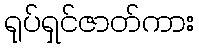
ရုပ်ရှင်ဇာတ်ကား